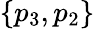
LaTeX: \{ p_{3},p_{2}\}